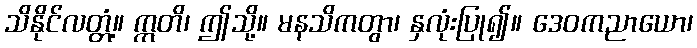
သိနိုင်လတ္တံ့။ ဣတိ၊ ဤသို့။ မနသိကတွာ၊ နှလုံးပြု၍။ ဒေဝကညာယော၊